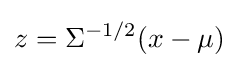
z=\Sigma ^{-1/2}(x-\mu )